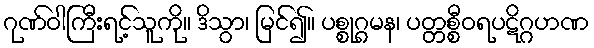
ဂုဏ်ဝါကြီးရင့်သူကို။ ဒိသွာ၊ မြင်၍။ ပစ္စုဂ္ဂမန၊ ပတ္တစ္စီဝရပဋိဂ္ဂဟဏ